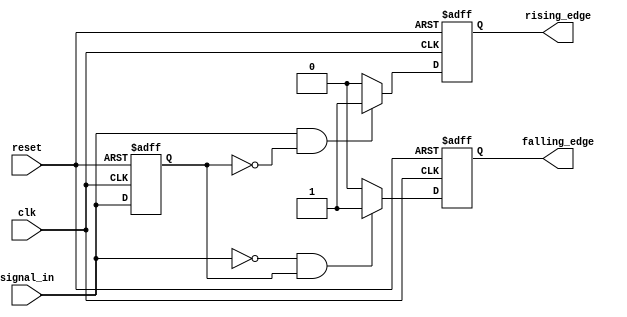
module differential_edge_detector (
    input wire clk,                // Clock signal
    input wire reset,              // Reset signal
    input wire signal_in,          // Input signal to detect edges
    output reg rising_edge,        // Output signal for rising edge
    output reg falling_edge        // Output signal for falling edge
);

    reg previous_state;            // Memory block to store previous state

    always @(posedge clk or posedge reset) begin
        if (reset) begin
            // Initialize the outputs and previous state on reset
            previous_state <= 1'b0;
            rising_edge <= 1'b0;
            falling_edge <= 1'b0;
        end else begin
            // Edge detection logic
            rising_edge <= (signal_in == 1'b1 && previous_state == 1'b0) ? 1'b1 : 1'b0;
            falling_edge <= (signal_in == 1'b0 && previous_state == 1'b1) ? 1'b1 : 1'b0;

            // Update previous state
            previous_state <= signal_in;
        end
    end

endmodule